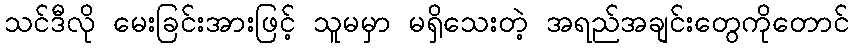
သင်ဒီလို မေးခြင်းအားဖြင့် သူမမှာ မရှိသေးတဲ့ အရည်အချင်းတွေကိုတောင်